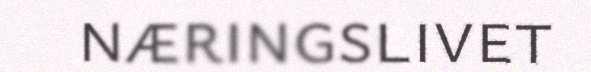
næringslivet